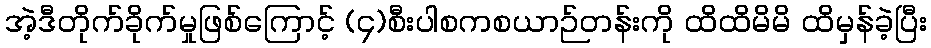
အဲ့ဒီတိုက်ခိုက်မှုဖြစ်ကြောင့် (၄)စီးပါစကစယာဉ်တန်းကို ထိထိမိမိ ထိမှန်ခဲ့ပြီး